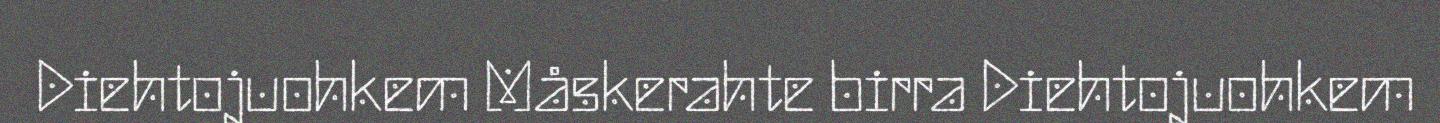
Diehtojuohkem Måskerahte birra Diehtojuohkem